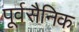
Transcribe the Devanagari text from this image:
पूर्वसैनिक